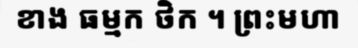
ខាង ធម្មក ថិក ។ ព្រះមហា